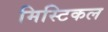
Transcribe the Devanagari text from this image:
मिस्टिकल